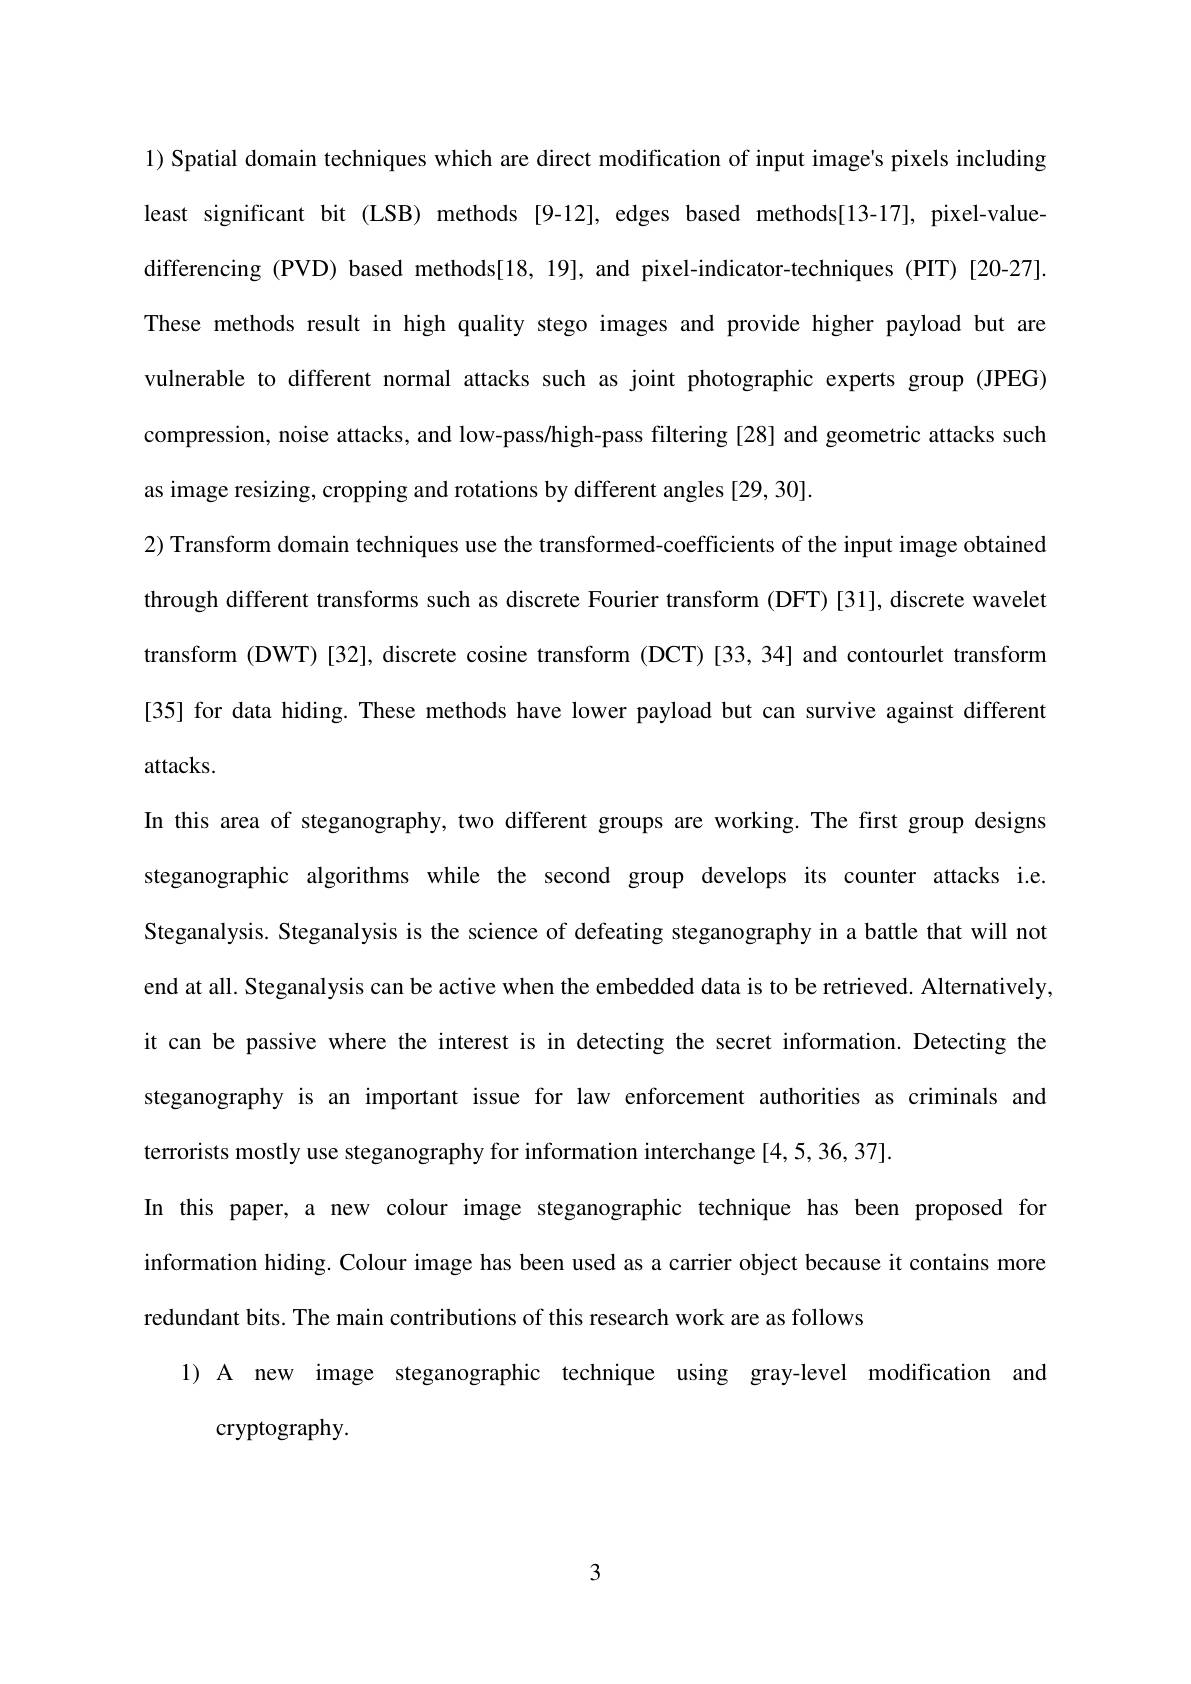
1) Spatial domain techniques which are direct modification of input image's pixels including least significant bit (LSB) methods [9-12], edges based methods[13-17], pixel-valuedifferencing (PVD) based methods[18,19], and pixel-indicator-techniques (PIT)[20-27]. These methods result in high quality stego images and provide higher payload but are vulnerable to different normal attacks such as joint photographic experts group (JPEG) compression, noise attacks, and low-pass/high-pass filtering [28] and geometric attacks such as image resizing, cropping and rotations by different angles [29,30].
2) Transform domain techniques use the transformed-coefficients of the input image obtained through different transforms such as discrete Fourier transform (DFT)[31], discrete wavelet transform (DWT)[32], discrete cosine transform (DCT)[33,34] and contourlet transform [35] for data hiding. These methods have lower payload but can survive against different attacks.
In this area of steganography, two different groups are working. The first group designs steganographic algorithms while the second group develops its counter attacks i.e. Steganalysis. Steganalysis is the science of defeating steganography in a battle that will not end at all. Steganalysis can be active when the embedded data is to be retrieved. Alternatively it can be passive where the interest is in detecting the secret information. Detecting the steganography is an important issue for law enforcement authorities as criminals and terrorists mostly use steganography for information interchange [4,5,36,37].
In this paper, a new colour image steganographic technique has been proposed for information hiding. Colour image has been used as a carrier object because it contains more redundant bits. The main contributions of this research work are as follows
1) A new image steganographic technique using gray-level modification and
cryptography.

3